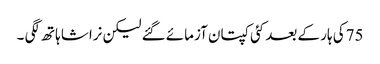
75کی ہار کے بعد کئی کپتان آزمائے گئے لیکن نراشا ہاتھ لگی ۔